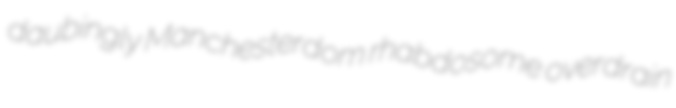
daubingly Manchesterdom rhabdosome overdrain